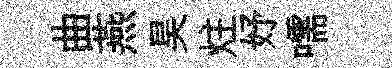
曲燕昊炷妤嚅